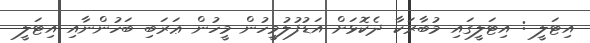
އިޓަލީ : އިޓަލީގައި މުބާރަކާ ދެކޮޅަށް އަޑުފުލުމީހުން މީހުން ޢަރަބި ބަހުންނާއި އިޓަލީ